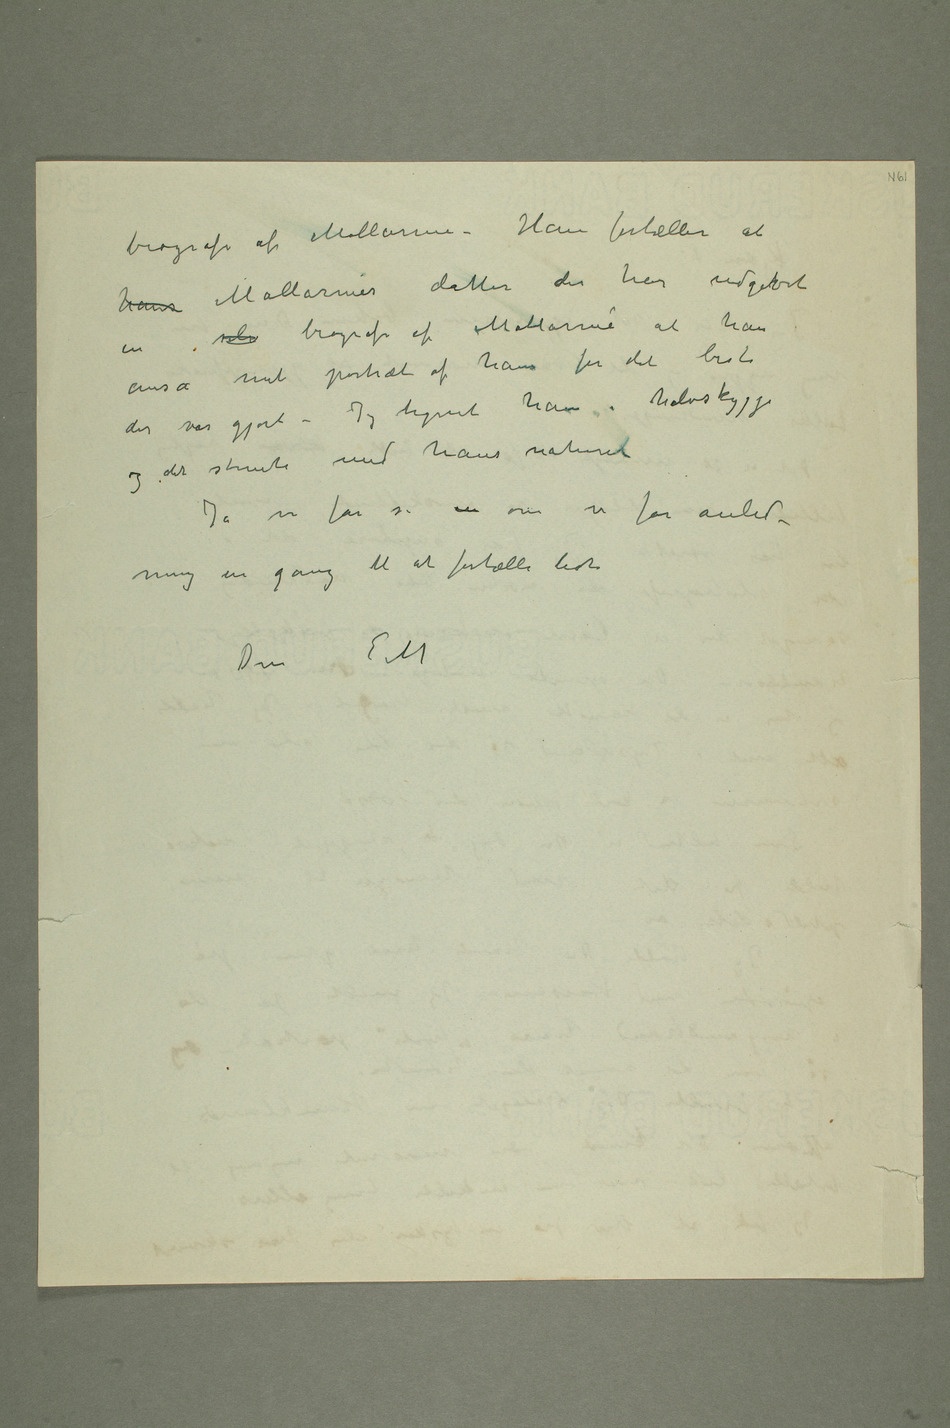
biografi af Mallarme – Han fortæller at
hans Mallarmés datter der har udgivet en
mit portræt af ham for det beste
der var gjort – Jeg tegnet ham i halvskygge
det stemte med hans natur
Ja vi får se  om vi får anled-
ning en gang til at fortælle lidt